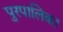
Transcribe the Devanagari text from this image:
पुरपालिका